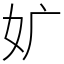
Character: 㚧